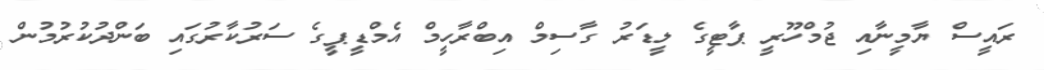
ރައީސް ޔާމީނާއި ޖުމްހޫރީ ޕާޓީގެ ލީޑަރު ގާސިމް އިބްރާހީމް އެމްޑީޕީގެ ސަރުކާރުގައި ބަންދުކުރުމުން